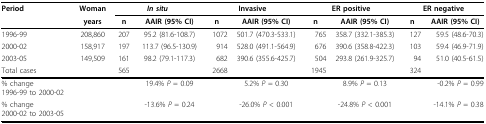
<table><thead><tr><td><b>Period</b></td><td><b>Woman</b></td><td colspan="2"><b><i>In situ</i></b></td><td colspan="2"><b>Invasive</b></td><td colspan="2"><b>ER positive</b></td><td colspan="2"><b>ER negative</b></td></tr><tr><td></td><td><b>years</b></td><td><b>n</b></td><td><b>AAIR (95% CI)</b></td><td><b>n</b></td><td><b>AAIR (95% CI)</b></td><td><b>n</b></td><td><b>AAIR (95% CI)</b></td><td><b>n</b></td><td><b>AAIR (95% CI)</b></td></tr></thead><tbody><tr><td>1996-99</td><td>208,860</td><td>207</td><td>95.2 (81.6-108.7)</td><td>1072</td><td>501.7 (470.3-533.1)</td><td>765</td><td>358.7 (332.1-385.3)</td><td>127</td><td>59.5 (48.6-70.3)</td></tr><tr><td>2000-02</td><td>158,917</td><td>197</td><td>113.7 (96.5-130.9)</td><td>914</td><td>528.0 (491.1-564.9)</td><td>676</td><td>390.6 (358.8-422.3)</td><td>103</td><td>59.4 (46.9-71.9)</td></tr><tr><td>2003-05</td><td>149,509</td><td>161</td><td>98.2 (79.1-117.3)</td><td>682</td><td>390.6 (355.6-425.7)</td><td>504</td><td>293.8 (261.9-325.7)</td><td>94</td><td>51.0 (40.5-61.5)</td></tr><tr><td>Total cases</td><td></td><td>565</td><td></td><td>2668</td><td></td><td>1945</td><td></td><td>324</td><td></td></tr><tr><td>% change1996-99 to 2000-02</td><td></td><td></td><td>19.4% <i>P </i>= 0.09</td><td></td><td>5.2% <i>P </i>= 0.30</td><td></td><td>8.9% <i>P </i>= 0.13</td><td></td><td>-0.2% <i>P </i>= 0.99</td></tr><tr><td>% change2000-02 to 2003-05</td><td></td><td></td><td>-13.6% <i>P </i>= 0.24</td><td></td><td>-26.0% <i>P </i>&lt; 0.001</td><td></td><td>-24.8% <i>P </i>&lt; 0.001</td><td></td><td>-14.1% <i>P </i>= 0.38</td></tr></tbody></table>